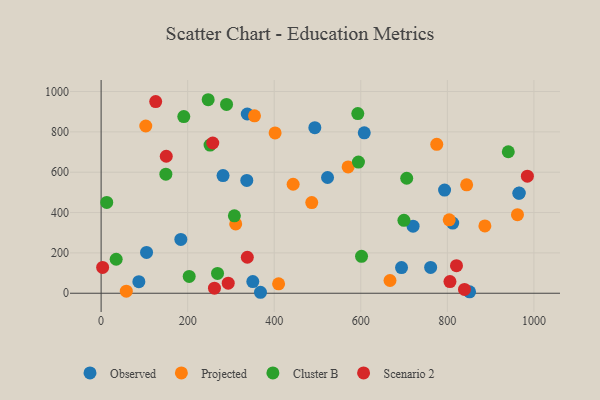
{"axis": {"x": "Experience", "y": "Rating"}, "legend": ["Cluster B", "Observed", "Projected", "Scenario 2"], "data": [{"x": "336.6", "y": 559.4, "type": "Observed"}, {"x": "966.2", "y": 496.8, "type": "Observed"}, {"x": "350.5", "y": 58.0, "type": "Observed"}, {"x": "720.8", "y": 332.7, "type": "Observed"}, {"x": "493.8", "y": 821.0, "type": "Observed"}, {"x": "523.2", "y": 573.9, "type": "Observed"}, {"x": "87.2", "y": 57.5, "type": "Observed"}, {"x": "793.6", "y": 511.6, "type": "Observed"}, {"x": "965.1", "y": 495.7, "type": "Observed"}, {"x": "761.4", "y": 127.9, "type": "Observed"}, {"x": "281.7", "y": 583.2, "type": "Observed"}, {"x": "608.0", "y": 795.5, "type": "Observed"}, {"x": "812.4", "y": 348.1, "type": "Observed"}, {"x": "851.4", "y": 7.2, "type": "Observed"}, {"x": "105.0", "y": 202.4, "type": "Observed"}, {"x": "694.1", "y": 127.5, "type": "Observed"}, {"x": "368.2", "y": 4.8, "type": "Observed"}, {"x": "184.2", "y": 266.9, "type": "Observed"}, {"x": "337.7", "y": 888.6, "type": "Observed"}, {"x": "775.5", "y": 738.2, "type": "Projected"}, {"x": "311.0", "y": 343.6, "type": "Projected"}, {"x": "443.7", "y": 540.4, "type": "Projected"}, {"x": "354.4", "y": 879.8, "type": "Projected"}, {"x": "886.7", "y": 333.5, "type": "Projected"}, {"x": "58.2", "y": 10.5, "type": "Projected"}, {"x": "844.6", "y": 537.6, "type": "Projected"}, {"x": "410.1", "y": 46.9, "type": "Projected"}, {"x": "402.0", "y": 794.6, "type": "Projected"}, {"x": "962.0", "y": 389.4, "type": "Projected"}, {"x": "804.3", "y": 363.9, "type": "Projected"}, {"x": "486.7", "y": 449.4, "type": "Projected"}, {"x": "667.5", "y": 63.1, "type": "Projected"}, {"x": "103.2", "y": 829.2, "type": "Projected"}, {"x": "570.7", "y": 626.1, "type": "Projected"}, {"x": "940.8", "y": 701.4, "type": "Cluster B"}, {"x": "706.1", "y": 570.2, "type": "Cluster B"}, {"x": "251.7", "y": 734.8, "type": "Cluster B"}, {"x": "601.7", "y": 183.2, "type": "Cluster B"}, {"x": "269.0", "y": 98.4, "type": "Cluster B"}, {"x": "149.6", "y": 590.5, "type": "Cluster B"}, {"x": "34.8", "y": 168.6, "type": "Cluster B"}, {"x": "699.7", "y": 361.4, "type": "Cluster B"}, {"x": "289.8", "y": 935.9, "type": "Cluster B"}, {"x": "307.9", "y": 383.7, "type": "Cluster B"}, {"x": "594.6", "y": 650.1, "type": "Cluster B"}, {"x": "191.0", "y": 876.1, "type": "Cluster B"}, {"x": "203.5", "y": 83.6, "type": "Cluster B"}, {"x": "13.0", "y": 450.1, "type": "Cluster B"}, {"x": "247.4", "y": 959.4, "type": "Cluster B"}, {"x": "593.1", "y": 890.8, "type": "Cluster B"}, {"x": "293.7", "y": 49.7, "type": "Scenario 2"}, {"x": "839.6", "y": 18.7, "type": "Scenario 2"}, {"x": "126.1", "y": 950.3, "type": "Scenario 2"}, {"x": "806.0", "y": 58.0, "type": "Scenario 2"}, {"x": "150.5", "y": 679.1, "type": "Scenario 2"}, {"x": "984.9", "y": 580.3, "type": "Scenario 2"}, {"x": "261.9", "y": 25.1, "type": "Scenario 2"}, {"x": "258.0", "y": 744.8, "type": "Scenario 2"}, {"x": "337.8", "y": 178.4, "type": "Scenario 2"}, {"x": "3.5", "y": 128.2, "type": "Scenario 2"}, {"x": "821.1", "y": 136.7, "type": "Scenario 2"}]}